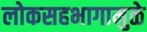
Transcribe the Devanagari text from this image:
लोकसहभागामुळे